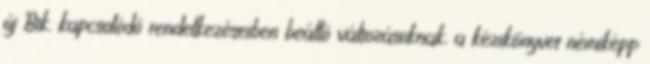
új Btk. kapcsolódó rendelkezéseiben beálló változásoknak, a kézikönyvet némiképp